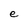
Character: e